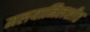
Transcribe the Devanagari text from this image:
मलयानिलशीत